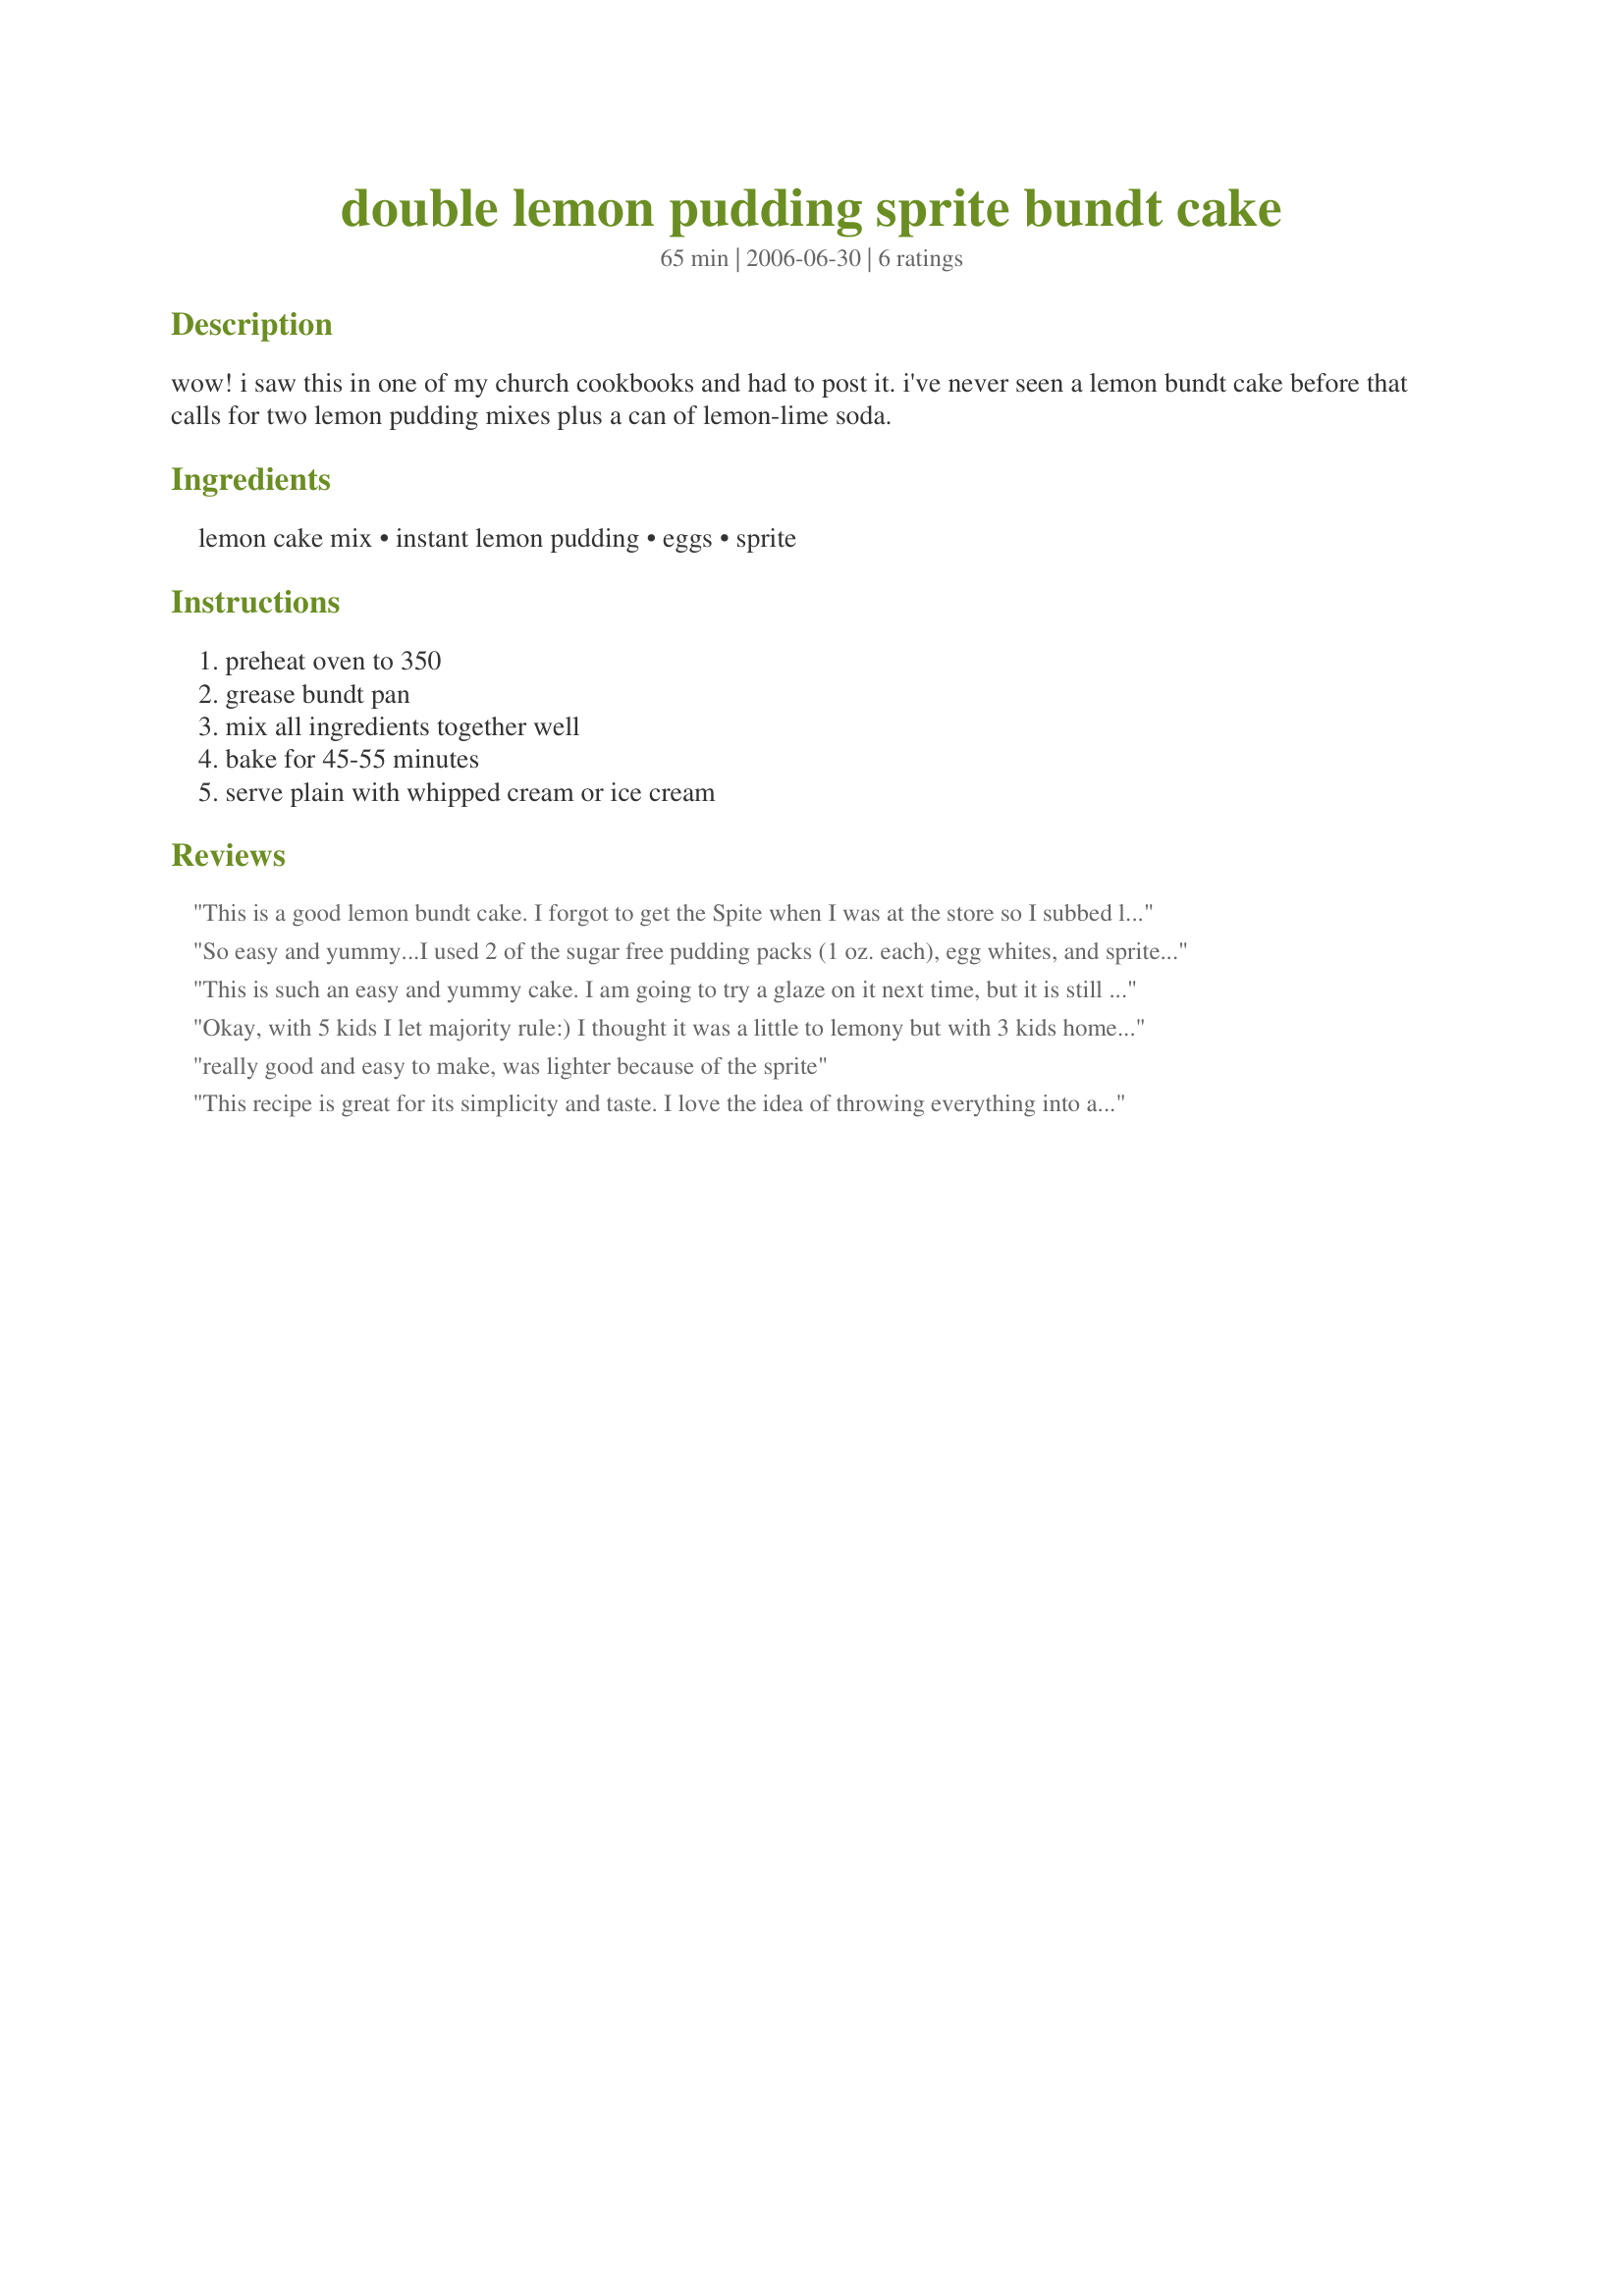
double lemon pudding sprite bundt cake
Preparation time: 65 minutes

wow! i saw this in one of my church cookbooks and had to post it. i've never seen a lemon bundt cake before that calls for two lemon pudding mixes plus a can of lemon-lime soda.

Ingredients:
lemon cake mix, instant lemon pudding, eggs, sprite

Steps:
preheat oven to 350, grease bundt pan, mix all ingredients together well, bake for 45-55 minutes, serve plain with whipped cream or ice cream

Reviews:
This is a good lemon bundt cake. I forgot to get the Spite when I was at the store so I subbed lemonade. Came out just fine.
So easy and yummy...I used 2 of the sugar free pudding packs (1 oz. each), egg whites, and sprite zero...came out amazing. I'll definitely be making this again...thanks for posting
This is such an easy and yummy cake. I am going to try a glaze on it next time, but it is still getting gobbled up plain with powdered sugar on top. I was looking for something tasty and easy to carry and donate to a Relay for Life event and this fit the bill perfectly.
Okay, with 5 kids I let majority rule:) I thought it was a little to lemony but with 3 kids home last night (and the cake didn't get cut until 10 pm) there is only a half of it left (at 8 am) I have to give it 5 stars. All 3 (even Miss Chocolate lover) said awesome cake mom! I was going to frost it with a lemon/cream cheese frosting but I guess it will have to wait until the next time I make this. I was going to put lemon zest in it but glad I didn't as it would have made it even more lemony. Thanks for posting this, I am sure I will make again!
really good and easy to make, was lighter because of the sprite
This recipe is great for its simplicity and taste. I love the idea of throwing everything into a bowl and let a mixer do the work. Because I like the lemony/tart taste, I decided to add zest from one lemon and it did the job. Thanks for sharing this mistake proof recipe.
